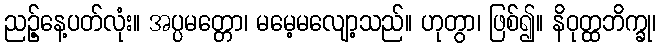
ညဉ့်နေ့ပတ်လုံး။ အပ္ပမတ္တော၊ မမေ့မလျော့သည်။ ဟုတွာ၊ ဖြစ်၍။ နိဝုတ္ထဘိက္ခု၊